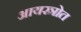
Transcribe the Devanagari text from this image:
आयस्त्रोत